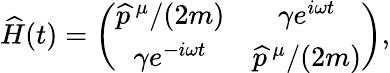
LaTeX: \widehat{H}(t)=\left(\begin{array}{cc}{\widehat{p}^{\, \mu}/(2m)}&{\gamma e^{i\omega t}}\\ {\gamma e^{-i\omega t}}&{\widehat{p}^{\, \mu}/(2m)}\end{array}\right),